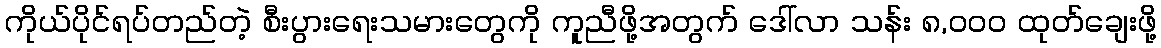
ကိုယ်ပိုင်ရပ်တည်တဲ့ စီးပွားရေးသမားတွေကို ကူညီဖို့အတွက် ဒေါ်လာ သန်း ၈,၀၀၀ ထုတ်ချေးဖို့